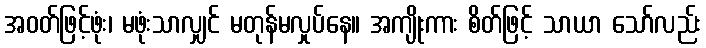
အဝတ်ဖြင့်ဖုံး၊ မဖုံးသာလျှင် မတုန်မလှုပ်နေ။ အကျိုးကား စိတ်ဖြင့် သာယာ သော်လည်း